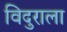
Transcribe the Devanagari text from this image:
विदुराला